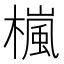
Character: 𣛄